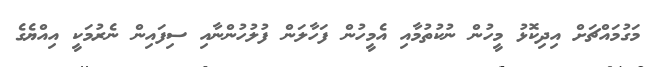
މަގުމައްޗަށް އިދިކޮޅު މީހުން ނުކުތުމާއި އެމީހުން ފަހާލަން ފުލުހުންނާއި ސިފައިން ނެރުމަކީ އިއްޔެގެ